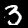
Digit: 3